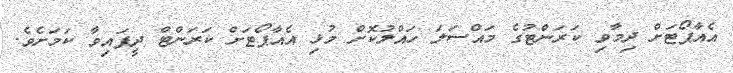
އެއާޕޯޓަށް ދިމާވި ކަރަންޓުގެ މައްސަލަ ހައްލުކޮށް މުޅި އެއާޕޯޓަށް ކަރަންޓް ދީފައިވާ ކަމަށެވެ.